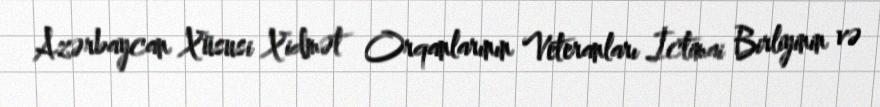
Azərbaycan Xüsusi Xidmət Orqanlarının Veteranları İctimai Birliyinin və